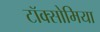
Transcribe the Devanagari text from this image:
टॉक्सोमिया